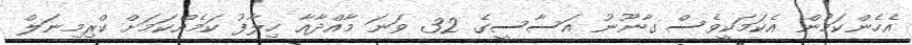
އެހެންކަމުން އެކަމަކީވެސް ގާނޫނު އަސާސީގެ 32 ވަނަ މާއްދާއާ ހިލާފު ކަމެއްކަމަށް ކްރިމިނަލް